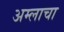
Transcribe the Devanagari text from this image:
अम्‍लाचा